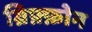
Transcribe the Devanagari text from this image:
ग्रिफ़्फ़ोन